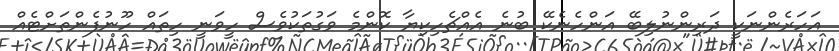
އަހަރެންނަކީ ދަރިންނުލިބޭ އަންހެނެކޭ ބުނެ އެއްޗެހިކިޔާ ކޮންމެ ވަގުތަކުވެސް ހީވަނީ ހިތައް ހޫނުފެންތަށްޓެއް